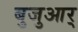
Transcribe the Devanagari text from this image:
बुजुआर्